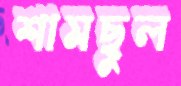
শামছুল